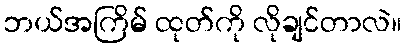
ဘယ်အကြိမ် ထုတ်ကို လိုချင်တာလဲ။